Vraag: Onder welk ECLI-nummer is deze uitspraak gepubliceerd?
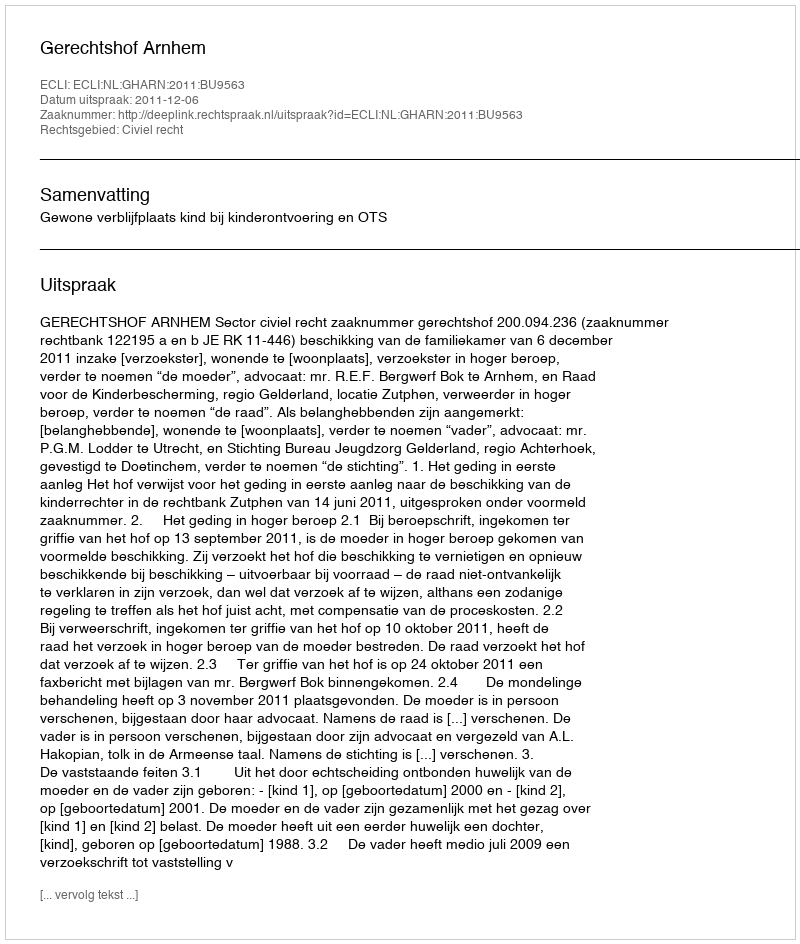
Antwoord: ECLI:NL:GHARN:2011:BU9563